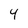
Character: 4